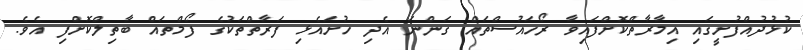
ކުޅުދުއްފުށީގައި އިމާރާތްކޮށްފައިވާ ރޯހައުސްތައް ގަންނަ އެދި ހުށައެޅި ފަރާތްތަކުގެ ފޯމްތައް ބާތިލްކޮށްފި އެވެ.